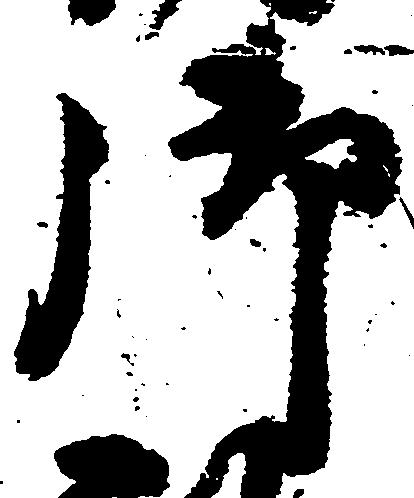
御